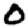
Digit: 0